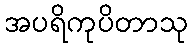
အပရိကုပိတာသု